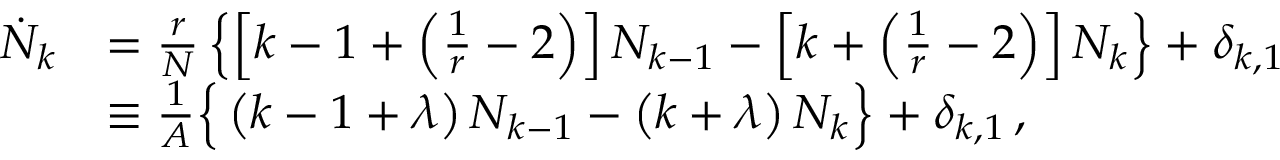
\begin{array} { r l } { \dot { N } _ { k } } & { = \frac { r } { N } \left\{ \left[ k - 1 + \left( \frac { 1 } { r } - 2 \right) \right] N _ { k - 1 } - \left[ k + \left( \frac { 1 } { r } - 2 \right) \right] N _ { k } \right\} + \delta _ { k , 1 } } \\ & { \equiv \frac { 1 } { A } \Big \{ \left( k - 1 + \lambda \right) N _ { k - 1 } - \left( k + \lambda \right) N _ { k } \Big \} + \delta _ { k , 1 } \, , } \end{array}